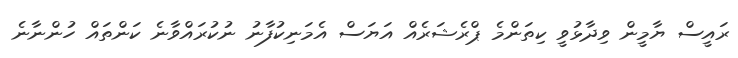
ރައީސް ޔާމީން ވިދާޅުވީ ކިތަންމެ ޕްރެޝަރެއް އަޔަސް އެމަނިކުފާނު ނުކުރައްވާނެ ކަންތައް ހުންނާނެ